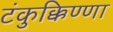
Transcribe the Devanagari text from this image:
टंकुक्किण्णा